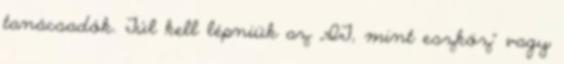
tanácsadók. Túl kell lépniük az „IT, mint eszköz” vagy